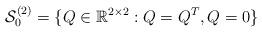
LaTeX: \begin{align*}\mathcal{S}_0^{(2)}=\{Q\in \mathbb R^{2\times 2}: Q=Q^T, Q=0\}\end{align*}